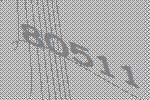
80511